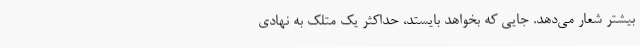
بیشتر شعار می‌دهد. جایی که بخواهد بایستد، حداکثر یک مَتَلَک به نهادی